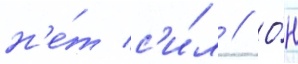
н'е́т с'и́л // О́н